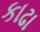
કાઢા